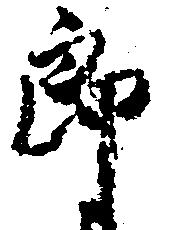
郎